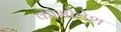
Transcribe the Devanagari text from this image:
कामोवेश